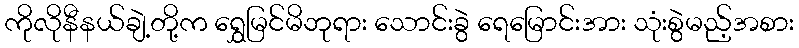
ကိုလိုနီနယ်ချဲ့တို့က ရွှေမြင်မိဘုရား သောင်းခွဲ ရေမြောင်းအား သုံးစွဲမည့်အစား